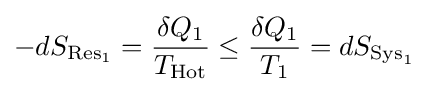
-dS_{{\text{Res}}_{1}}={\frac {\delta Q_{1}}{T_{\text{Hot}}}}\leq {\frac {\delta Q_{1}}{T_{1}}}=dS_{{\text{Sys}}_{1}}